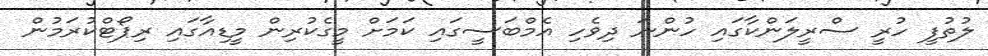
ލުތުފީ ހުރީ ސްރީލަންކާގައި ހުންނަ ދިވެހި އެމްބަސީގައި ކަމަށް މީގެކުރިން މީޑިއާގައި ރިޕޯޓްކުރަމުން